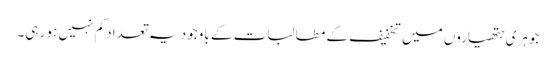
جوہری ہتھیاروں میں تخفیف کے مطالبات کے باوجود یہ تعداد کم نہیں ہو رہی۔